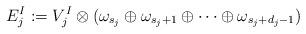
LaTeX: \begin{align*} E_j^I : = V_j^I \otimes (\omega_{s_j} \oplus \omega_{ s_j +1}\oplus \cdots \oplus \omega_{s_j + d_j -1}) \end{align*}